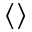
\langle \rangle